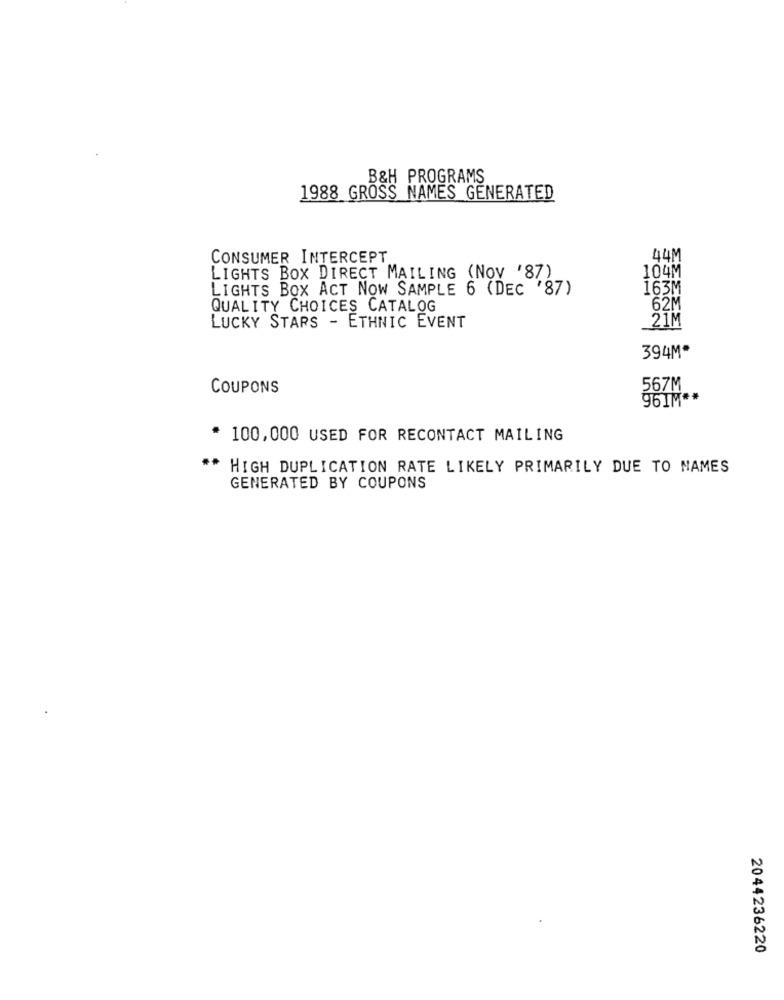
B&H PROGRAMS
1988 GROSS NAMES GENERATED
CONSUMER INTERCEPT
44M
104M
LIGHTS BOX DIRECT MAILING (NOV '87)
LIGHTS BOX ACT NOW SAMPLE 6 (DEC '87)
163M
QUALITY CHOICES CATALOG
62M
21M
LUCKY STARS - ETHNIC EVENT
394Mª
COUPONS
567M
96IM **
100,000 USED FOR RECONTACT MAILING
** HIGH DUPLICATION RATE LIKELY PRIMARILY DUE TO NAMES
GENERATED BY COUPONS
2044236220